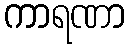
ကာရဏာ